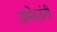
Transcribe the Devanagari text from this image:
दामोदरांनी